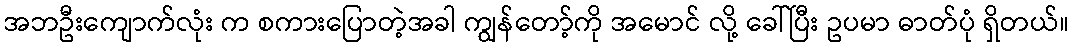
အဘဦးကျောက်လုံး က စကားပြောတဲ့အခါ ကျွန်တော့်ကို အမောင် လို့ ခေါ်ပြီး ဥပမာ ဓာတ်ပုံ ရှိတယ်။